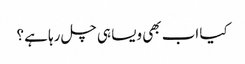
کیا اب بھی ویسا ہی چل رہا ہے ؟